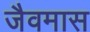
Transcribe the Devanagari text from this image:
जैवमास